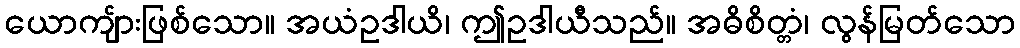
ယောကျ်ားဖြစ်သော။ အယံဥဒါယိ၊ ဤဥဒါယီသည်။ အဓိစိတ္တံ၊ လွန်မြတ်သော